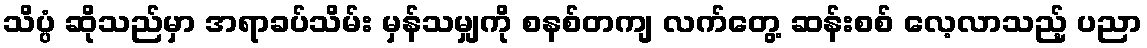
သိပ္ပံ ဆိုသည်မှာ အရာခပ်သိမ်း မှန်သမျှကို စနစ်တကျ လက်တွေ့ ဆန်းစစ် လေ့လာသည့် ပညာ